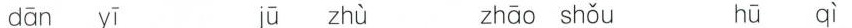
dān yī jù zhù zhāo shǒu hū qì